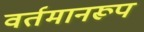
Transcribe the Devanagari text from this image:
वर्तमानरूप